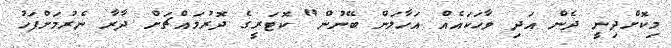
މިކޮށްދިނީ ދެން އަދި ވާހަކައެއް އަހާލަން ބޭނުން" ކޮޓަރީގެ ދޮރުމައްޗަށް ދާރާ ނެރުމަށްފަހު